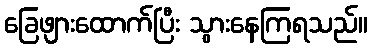
ခြေဖျားထောက်ပြီး သွားနေကြရသည်။